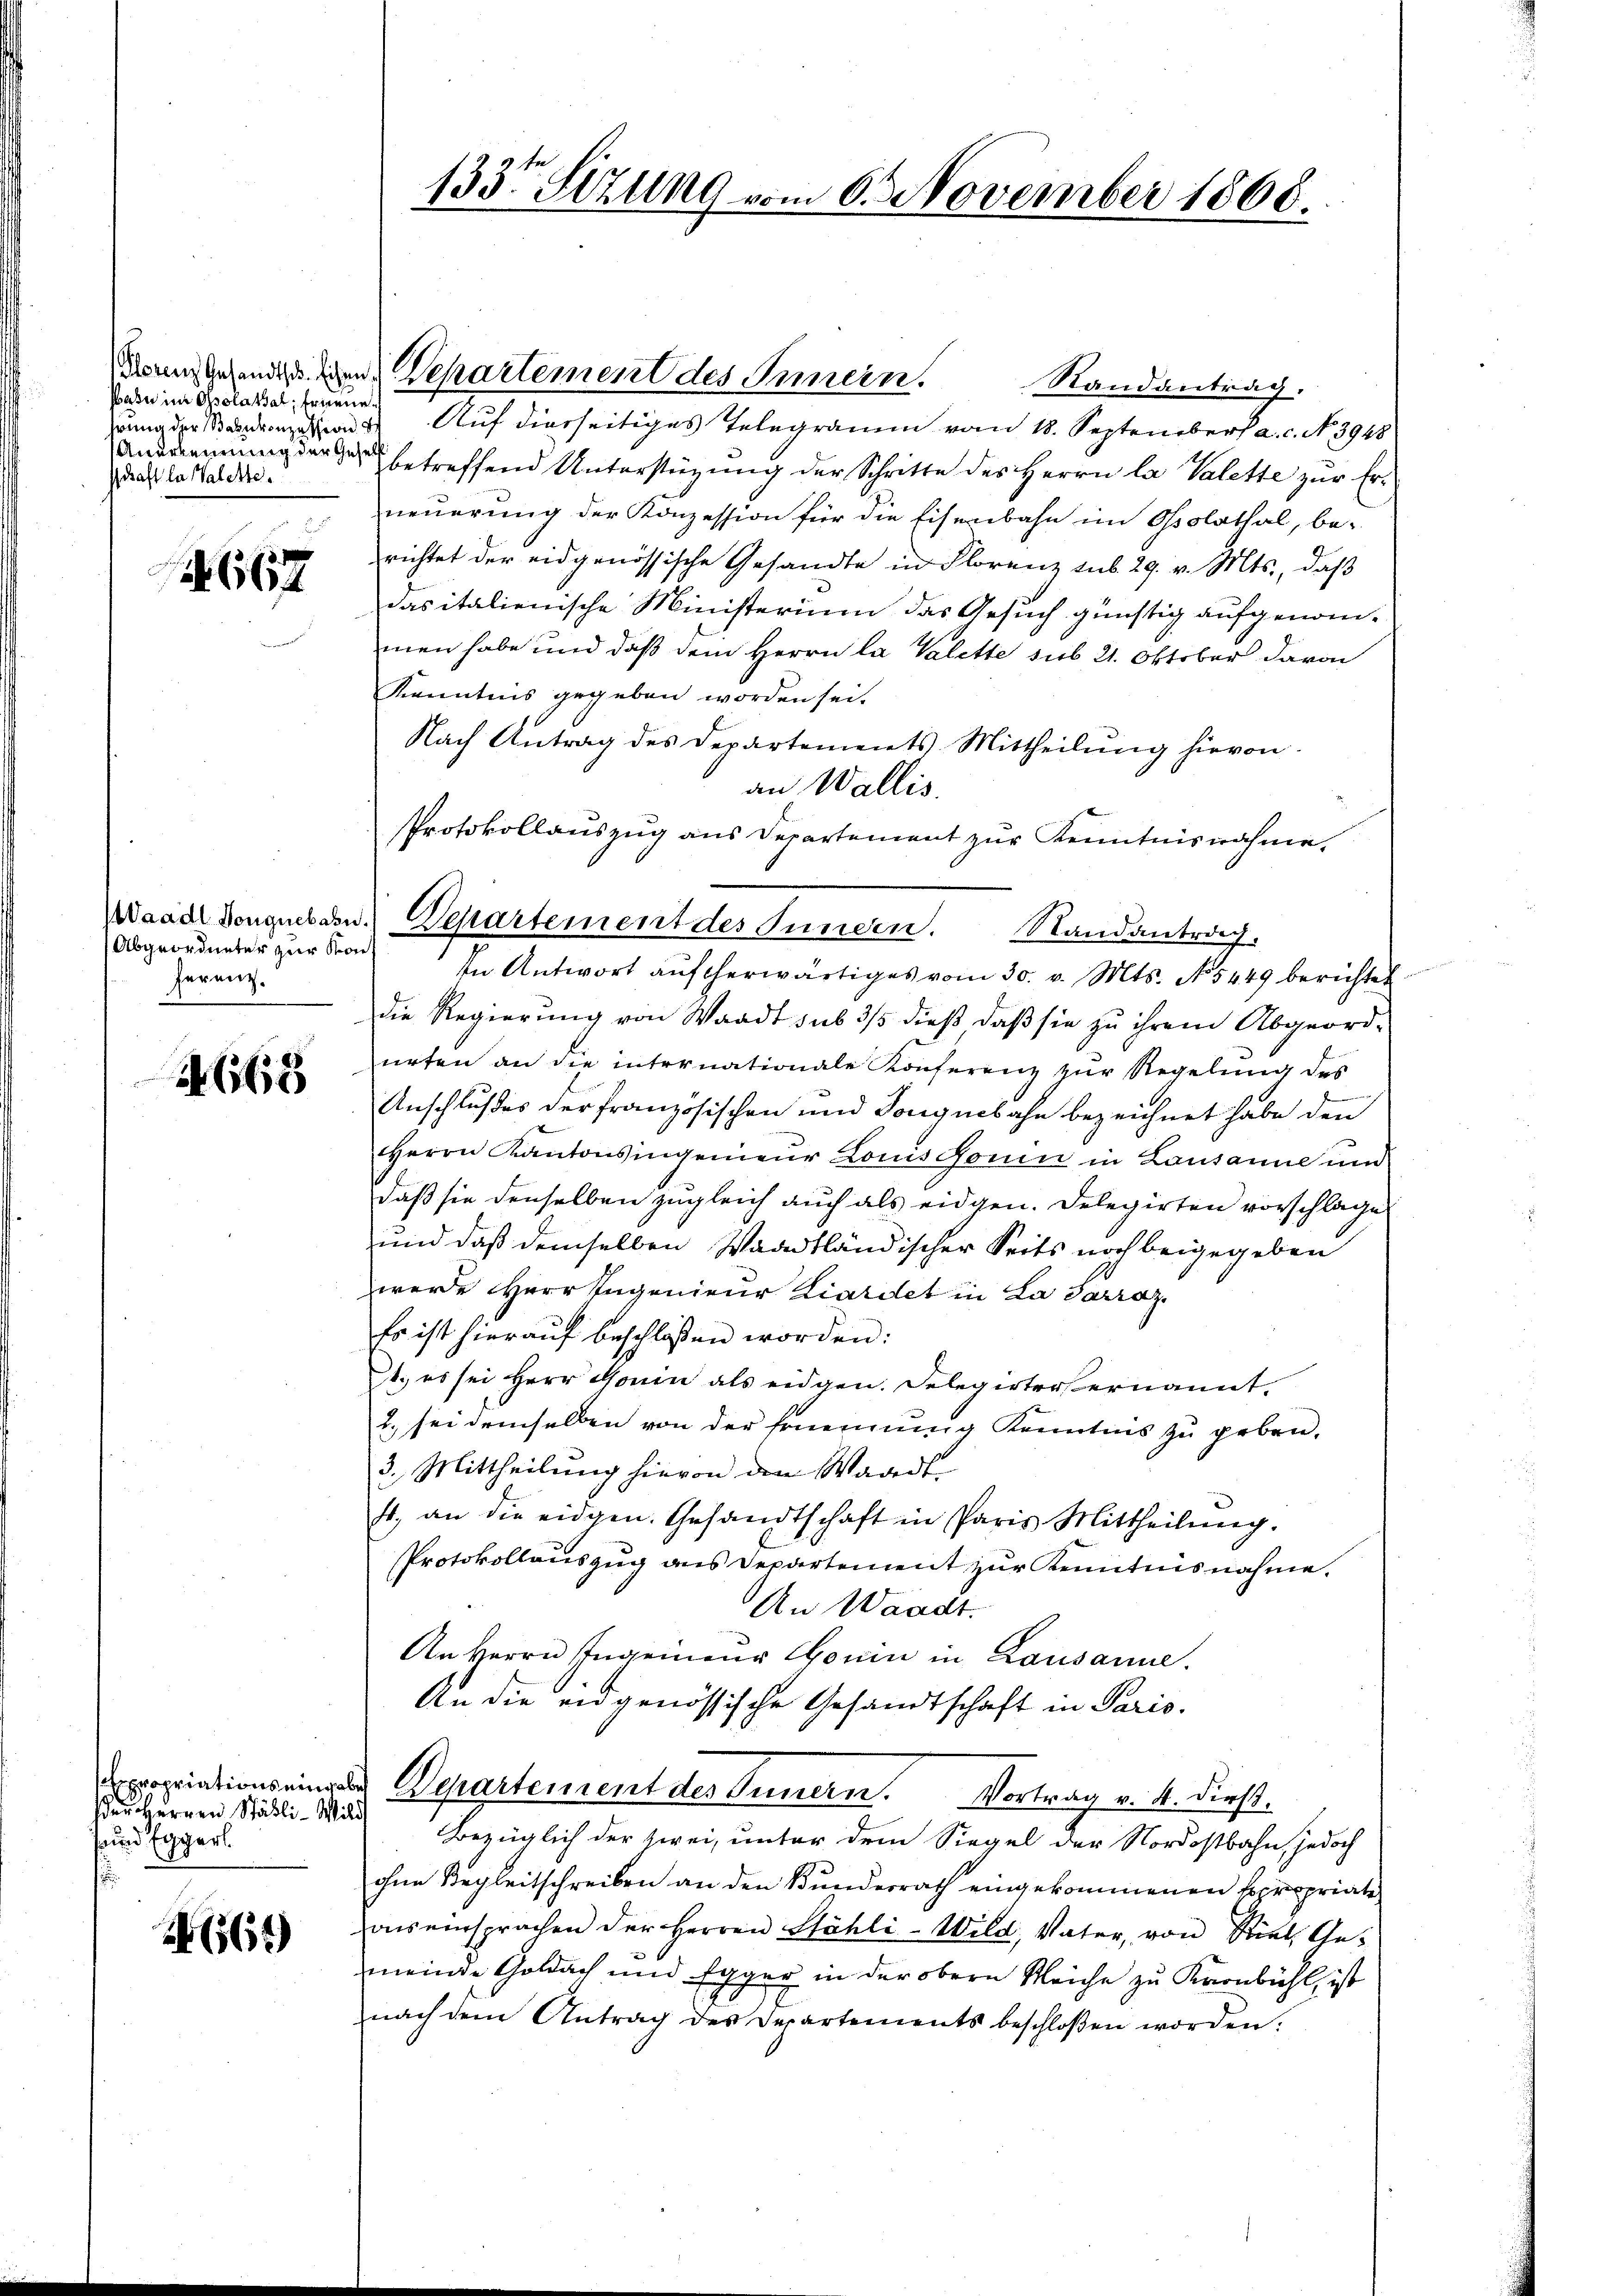
Pasu im Osolatsal, Erinne
hrung der Bahnkonzession
Anerkennung der Gesetz
schaft la Valette

1. 667

Abgeordneter zur Kont
herenz.

4668

der Herren Stäbli-Mili
 und Eggerl.
i

64)

133ten Sizung vom 6. November 1868.

dann gehendeigen Departement des Innern.
Randantrag.
Auf diesseitiges Telegramm vom 18. September a. c. No. 3948
betreffend Unterstüzung der Schritte des Herrn la Valette zur Erneuerung der Konzession für die Eisenbahn im Ossolathal, be-
richtet der eidgenössische Gesandte in Florenz sub 29. v. Mts., daß
das italienische Ministerium das Gesuch günstig aufgenom-
men habe und daß dem Herrn la Valette sub 21. Oktober davon
Kenntnis gegeben worden sei.
Nach Antrag des Departements Mittheilŭng hievon
an Wallis.
Protokollauszug aus Departement zur Kenntnisnahme,
Waadt donguesden. Departement des Innern. Standantrach.
In Antwort aŭf herwärtiges vom 30. v. Mts. No. 5449 berichtet
die Regierung von Waadt sub 3/5 dieß daß sie zu ihrem Abgeord-
urten an die internationale Konferenz zur Regelung des
.
Anschlußes der Französischen und Tonguebahn bezeichnet habe den
Herrn Kantonsingenieur Louis Honin in Lausanne und
daß sie denselben zugleich auch als eidgen. Delegirten vorschlage
und daß demselben Waadtländischer Seits noch beigegeben
werde Herr Ingenieur Liardet in La Parraz.
Es ist hieraŭf beschlossen worden:
4., es sei Herr Gonin als eidgen. Delegirter ernannt.
2., sei demselben von der Ernennung Kenntnis zu geben.
3. Mittheilung hievon den Waadt,
f. an die eidgen. Gesandtschaft in Paris Mittheilŭng.
Protokollauszug aus Departement zur Kenntnisnahme.
An Waadt.
An Herrn Ingenieur Gonin in Lausanne.
An die eidgenössische Gesandtschaft in Paris.
propriationseiner Departement des Innern. Vortrag v. 4. dieß.
Bezüglich der zwei, unter dem Siegel der Nordostbahn, jedoch
ohne Begleitschreiben an den Bundesrath eingekommenen Spropriate
onseinsprachen der Herren Stähli-Wild, Vater, von Stiel, Ge-
meinde Goldach und Egger in der obern Reiche zu Kronbühl, ist
nach dem Antrag des Departements beschloßen worden.